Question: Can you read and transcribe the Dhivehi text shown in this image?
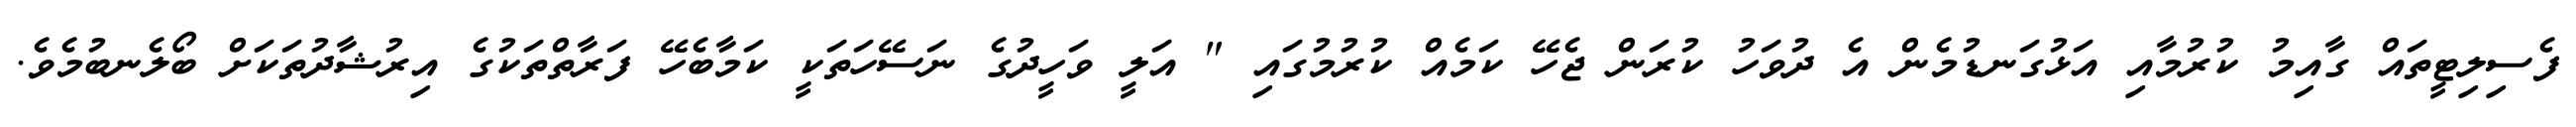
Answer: ފެސިލިޓީތައް ގާއިމު ކުރުމާއި އަޅުގަނޑުމެން އެ ދުވަހު ކުރަން ޖެހޭ ކަމެއް ކުރުމުގައި " އަލީ ވަހީދުގެ ނަސޭހަތަކީ ކަމާބެހޭ ފަރާތްތަކުގެ އިރުޝާދުތަކަށް ބޯލެނބުމެވެ.